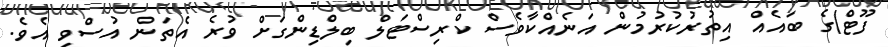
ފޫޓް)ގެ ބައެއް އިތުރުކުރުމުން އަނެއްކާވެސް ކްރިސްޓަލް ބިލްޑިންގަށް ވުރެ އެތަން އުސްވި އެވެ.